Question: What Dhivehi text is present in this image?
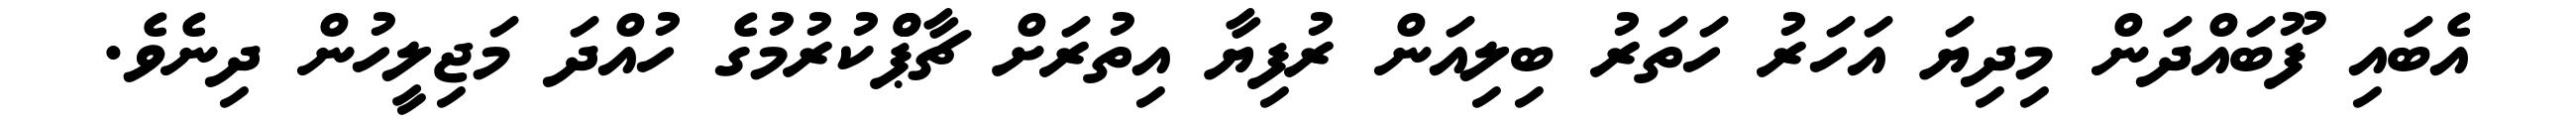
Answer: އެބައި ފޫބައްދަން މިދިޔަ އަހަރު ހަތަރު ބިލިއަން ރުފިޔާ އިތުރަށް ޗާޕްްކުރުމުގެ ހުއްދަ މަޖިލީހުން ދިނެވެ.